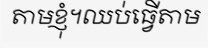
តាមខ្ញុំ។ឈប់ធ្វើតាម